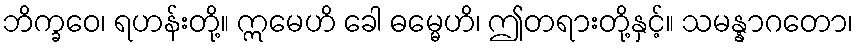
ဘိက္ခဝေ၊ ရဟန်းတို့။ ဣမေဟိ ခေါ ဓမ္မေဟိ၊ ဤတရားတို့နှင့်။ သမန္နာဂတော၊